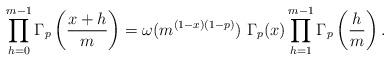
LaTeX: \begin{align*}\prod_{h=0}^{m-1}\Gamma_p\left(\frac{x+h}{m}\right)=\omega(m^{(1-x)(1-p)})~\Gamma_p(x)\prod_{h=1}^{m-1}\Gamma_p\left(\frac{h}{m}\right).\end{align*}